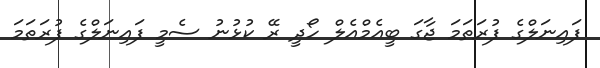
ފައިނަލްގެ ފުރަތަމަ ޖާގަ ބީއެމްއެލް ހޯދީ ރޭ ކުޅުނު ސެމީ ފައިނަލްގެ ފުރަތަމަ